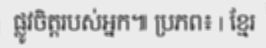
ផ្លូវចិត្តរបស់អ្នក៕ ប្រភព៖ | ខ្មែរ